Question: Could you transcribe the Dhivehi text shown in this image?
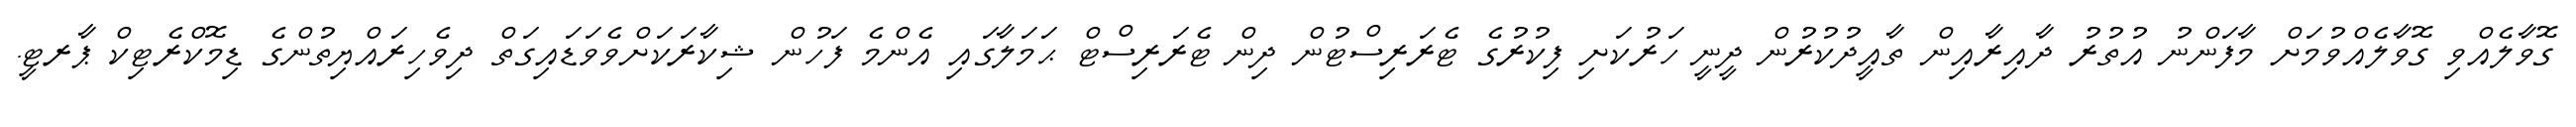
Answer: ގޮވާލެއްވި ގޮވާލެއްވުމަށް މާފަންނު އުތުރު ދާއިރާއިން ތާއީދުކުރުން ދީނީ ހަރުކަށި ފިކުރުގެ ޓެރަރިސްޓުން ދިން ޓެރަރިސްޓް ޙަމަލާގައި އެންމެ ފަހުން ޝިކާރަކަށްވެވަޑައިގަތް ދިވެހިރައްޔިތުންގެ ޑިމޮކްރެޓިކް ޕާރޓީ.